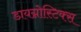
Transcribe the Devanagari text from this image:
डायग्नोस्टिक्स